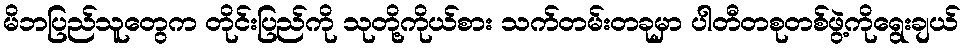
မိဘပြည်သူတွေက တိုင်းပြည်ကို သုတို့ကိုယ်စား သက်တမ်းတခုမှာ ပါတီတစုတစ်ဖွဲ့ကိုရွေးချယ်